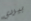
بيردي